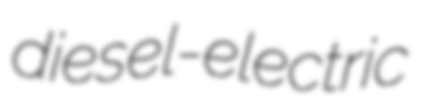
diesel-electric